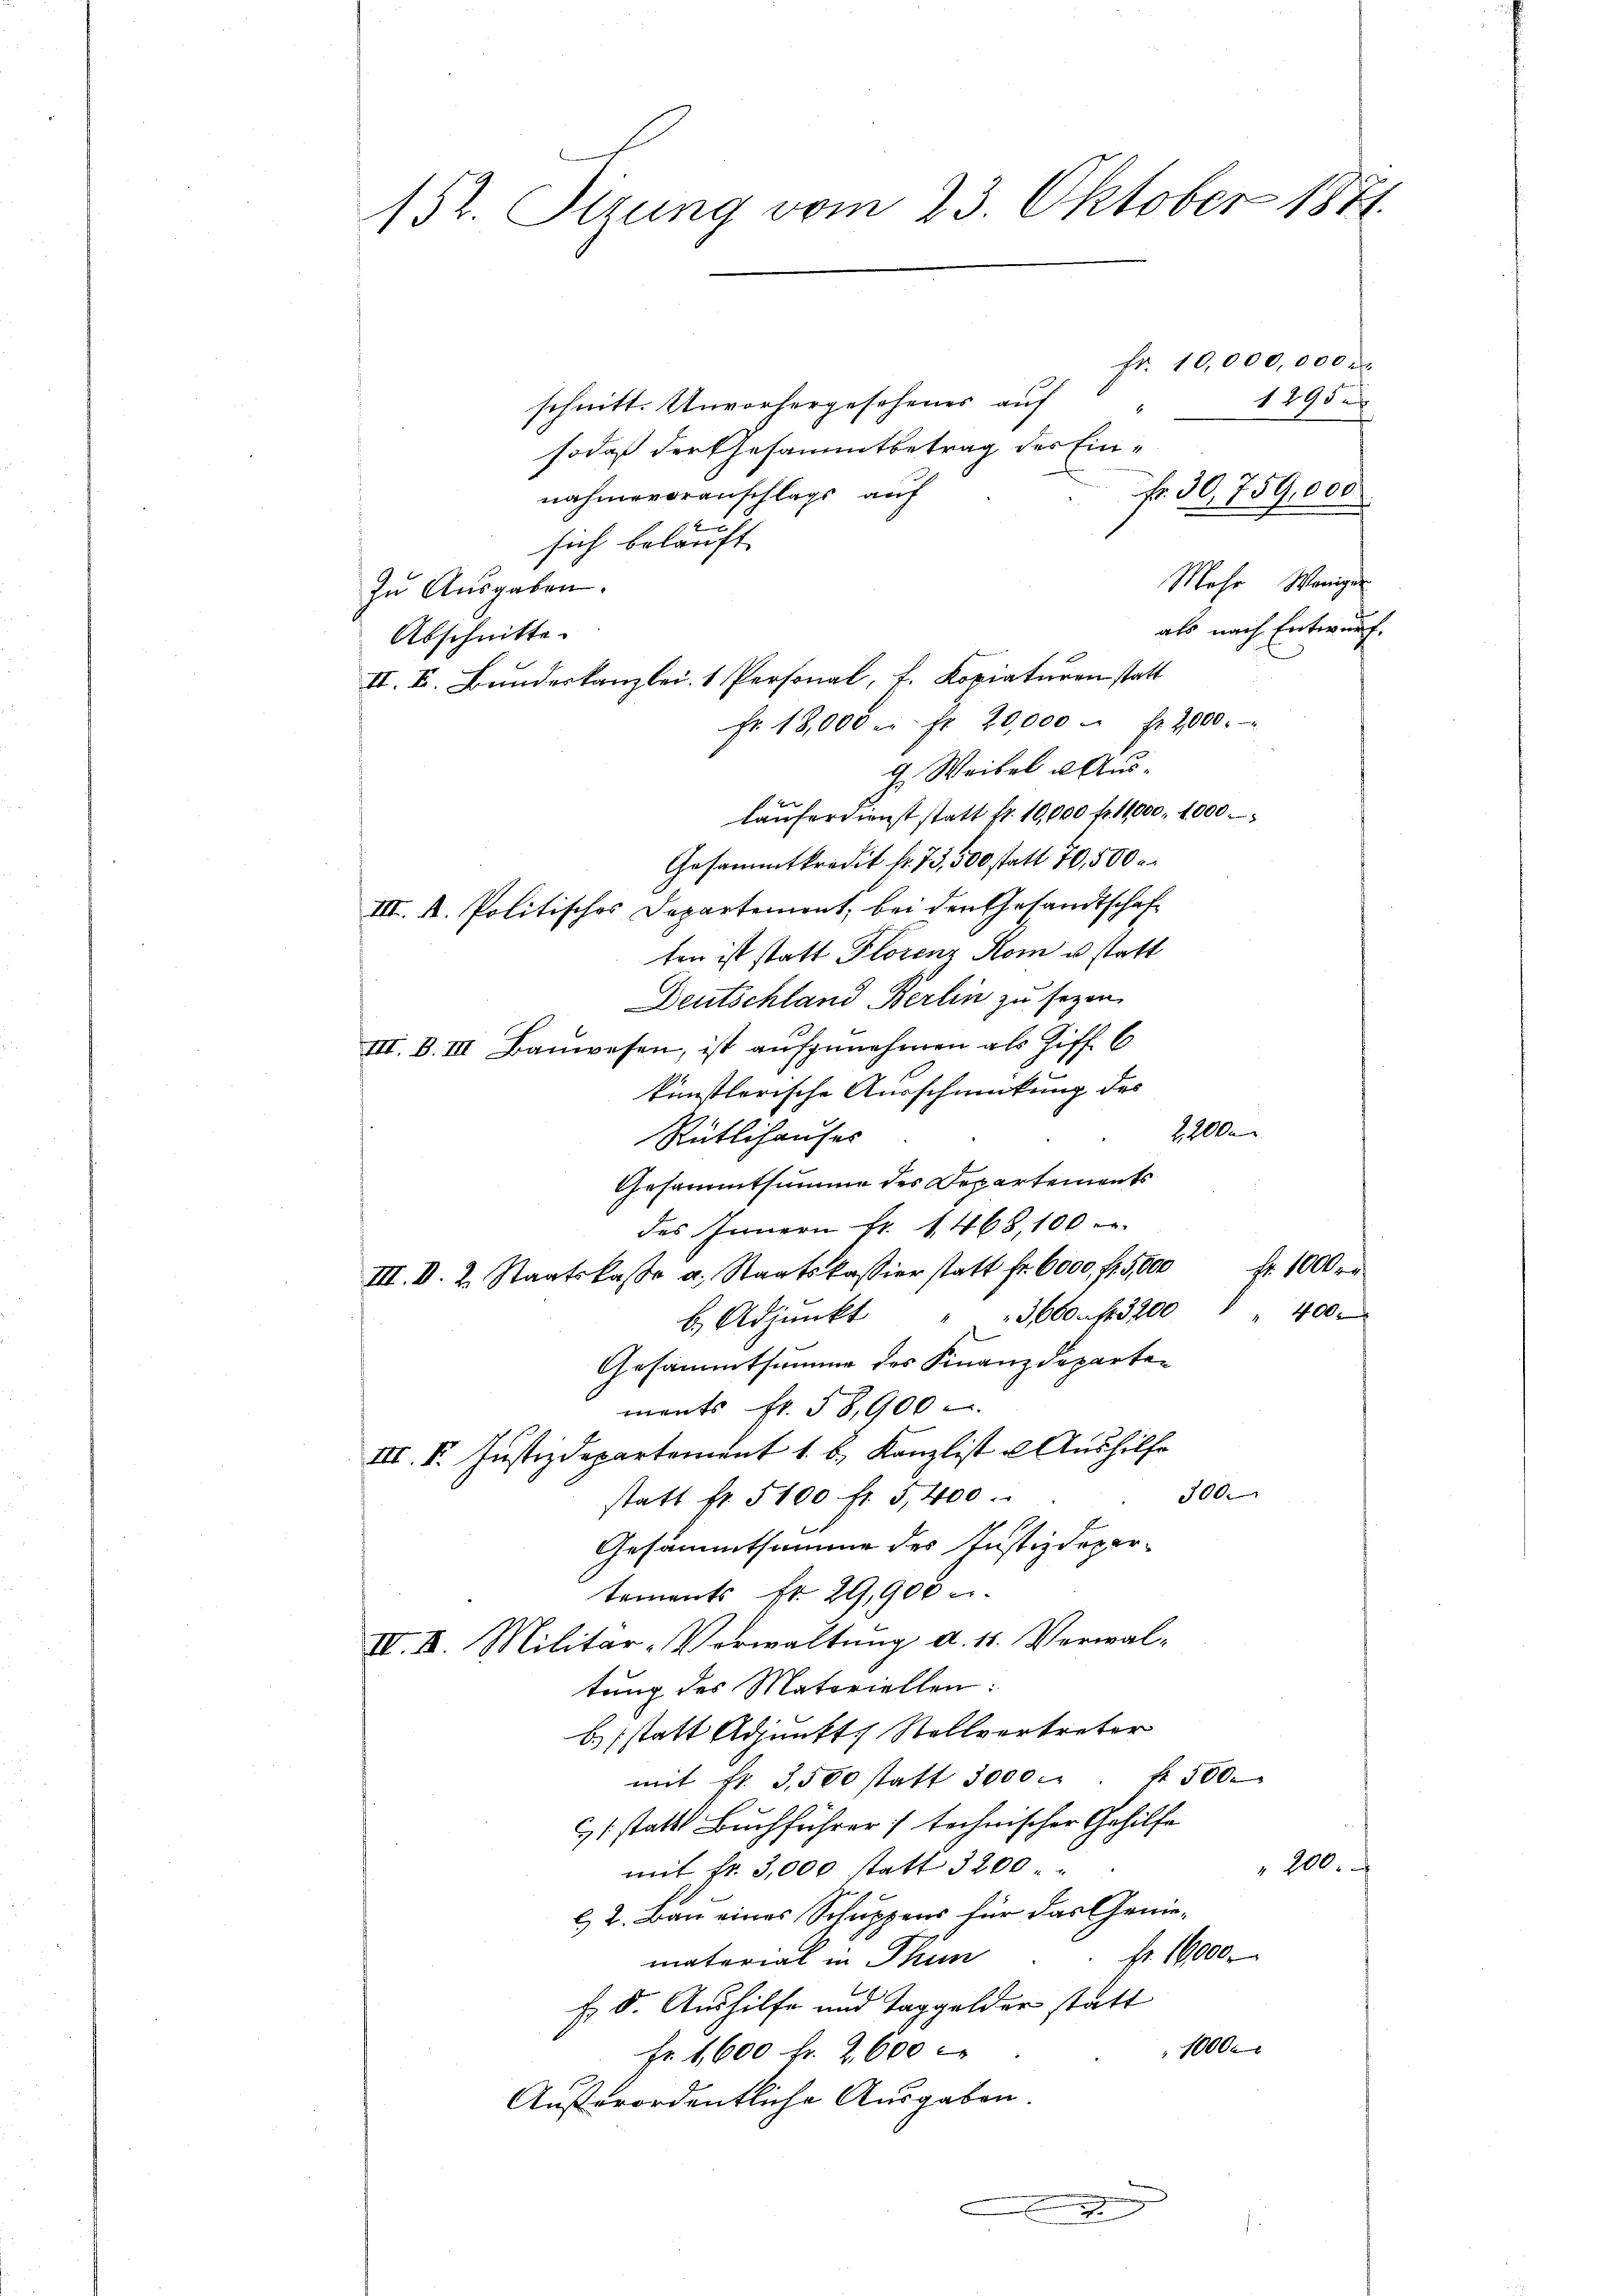
152. Sitzung vom 23. Oktober 1871.

schnitt. Unvorhergesehenes auf
sodaß der Gesammtbetrag des Einnahme voranschlags auf
sich belauft
zu Ausgaben.
Abschnitte
II. V. Bundeskanzlei, 1 Personal, k. Kopiaturen statt
Fr. 18,000 c. fr. 20,000 fr 2000.
G. Weibel Auslaufertionst statt fr. 10,000 fr. 11,000. 1000
Gesammtkredit fr. 735,500 statt 70,500 r.
III. A. Politisches Departemont, bei den Gesandtschaft
ten ist statt Florenz Rom u. statt
Deutschland Berlin zu seyen.
III. B. III Bauwesen, ist aufzunehmen als Ziff. 6
künstlerische Ausschmückung des
22000
Rütlihauses
Gesammtsumme des Departements
das Innern fr. 1468,100
III. D. 2. Staatskasse a. Staatskassier statt fr. 6000 fl. 5000 Fr. 1000 r
b. Adjunkt " " 3660 f. 3200 " " 400.
Gesammtsumme des Finanzdeparten
ments fr. 58,900
III. S. Justizdepartement 1. b. Kanzlist u Aushilfe
300.
statt fr. 5100 fr 5,400
Gesammtsumme des Justizdepar-
tements fr. 29,900 u.
IV. II. Militar-Verwaltung d. 11. Verwal-
tung des Materiellen:
b. statt Adjunkt, Stellvertreter
mit fr. 3,500 statt 3000. " " 4 500.
61 statt Buchführer technischer Gehilfe
200.
mit fr. 3,000 statt 3200
l 2. Bau eines Schuppens für das Geniefr. 16000.
material in Thun
Es 8. Aushilfe und Taggelder statt
10000
Fr. 1,600 fr. 2600
Außerordentliche Ausgaben.

A

Fr. 10,000,000 M.
1295
fr. 50,759,000
Mehr Weniger
als nach Entwurf.